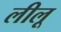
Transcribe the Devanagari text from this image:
लीलू